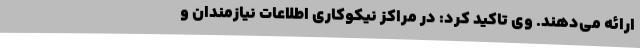
ارائه می‌دهند. وی تاکید کرد: در مراکز نیکوکاری اطلاعات نیازمندان و